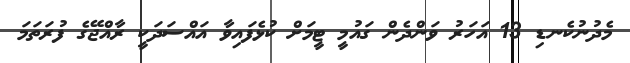
މެދުނުކެނޑި 13 އަހަރު ވަންދެން ގައުމީ ޓީމަށް ކުޅެފައިވާ އައްސަދަކީ ރާއްޖޭގެ ފުރަތަމަ